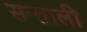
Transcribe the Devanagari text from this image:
सन्ताली